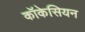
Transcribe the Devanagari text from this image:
कॉकेसियन